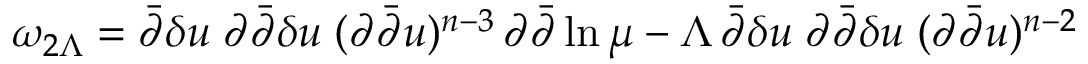
\omega _ { 2 \Lambda } = \bar { \partial } \delta u \; \partial \bar { \partial } \delta u \; ( \partial \bar { \partial } u ) ^ { n - 3 } \, \partial \bar { \partial } \ln \mu - \Lambda \, \bar { \partial } \delta u \; \partial \bar { \partial } \delta u \; ( \partial \bar { \partial } u ) ^ { n - 2 }